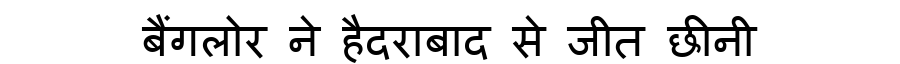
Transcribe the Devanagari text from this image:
बैंगलोर ने हैदराबाद से जीत छीनी